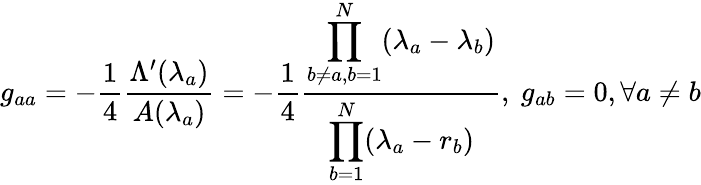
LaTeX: g_{aa}=-\frac{1}{4}\frac{\Lambda^{\prime}(\lambda_{a})}{A(\lambda_{a})}=-\frac{1}{4}\frac{\displaystyle\prod_{b\neq a,b=1}^{N}(\lambda_{a}-\lambda_{b})}{\displaystyle\prod_{b=1}^{N}(\lambda_{a}-r_{b})},\ g_{ab}=0,\forall a\neq b